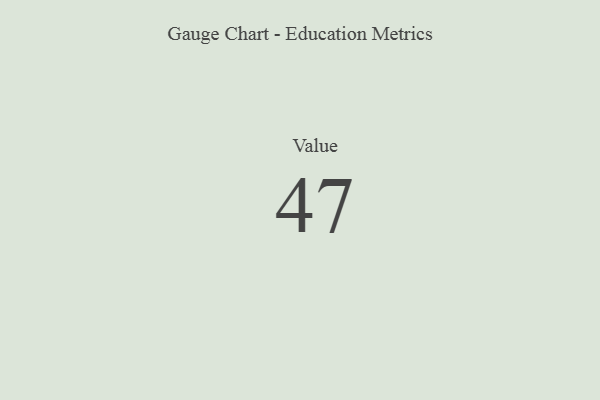
{"axis": {"x": "Metric", "y": "Value"}, "legend": [""], "data": [{"x": "Value", "y": 47, "type": ""}]}